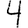
Digit: 4